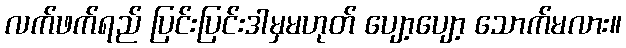
လက်ဖက်ရည် ပြင်းပြင်းဒါမှမဟုတ် ပျော့ပျော့ သောက်မလား။